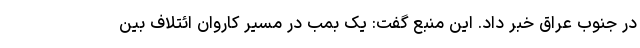
در جنوب عراق خبر داد. این منبع گفت: یک بمب در مسیر کاروان ائتلاف بین